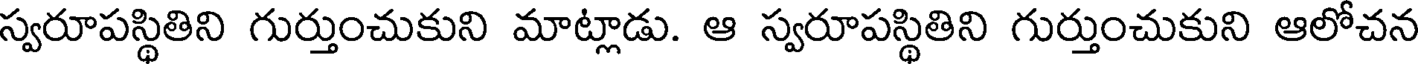
స్వరూపస్థితిని గుర్తుంచుకుని మాట్లాడు. ఆ స్వరూపస్థితిని గుర్తుంచుకుని ఆలోచన